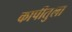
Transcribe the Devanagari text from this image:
कापीतुला